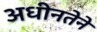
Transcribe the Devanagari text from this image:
अधीनतेने